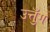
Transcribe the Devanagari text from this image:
उत्तुँग